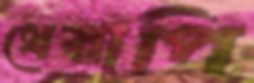
থেরাপি